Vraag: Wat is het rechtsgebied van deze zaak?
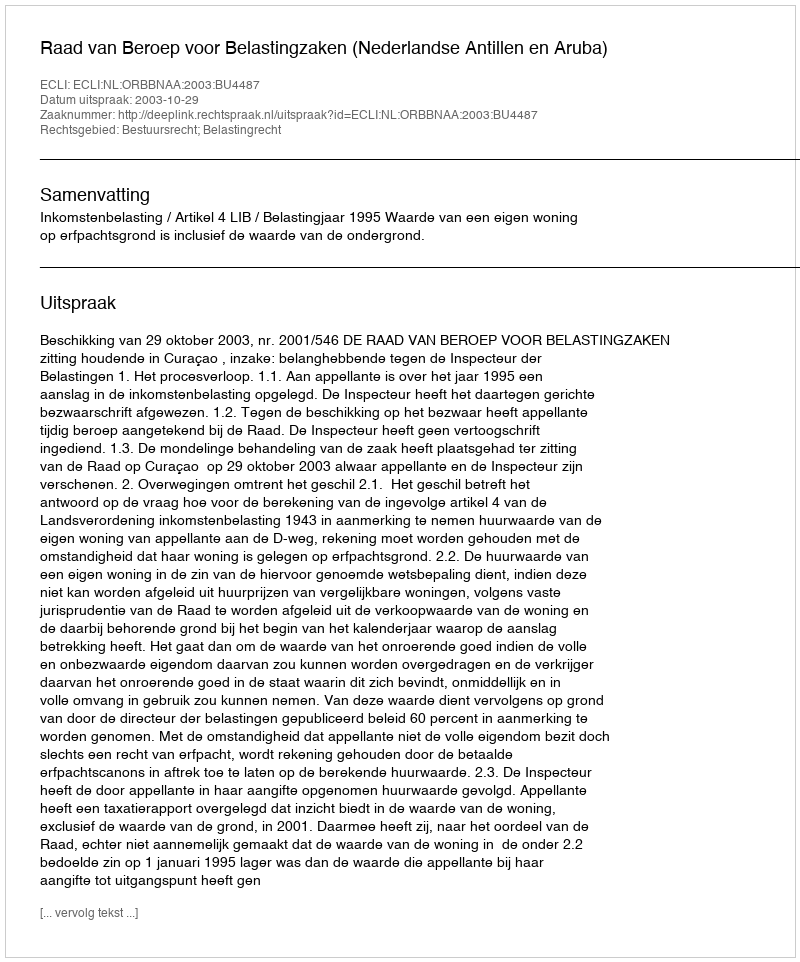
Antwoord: Bestuursrecht; Belastingrecht